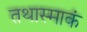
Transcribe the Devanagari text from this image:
तथास्माकं